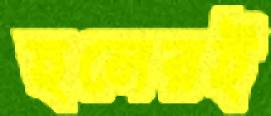
হলেরই